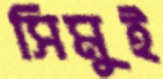
সিমুই